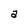
Character: a